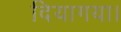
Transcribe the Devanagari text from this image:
दियागया।